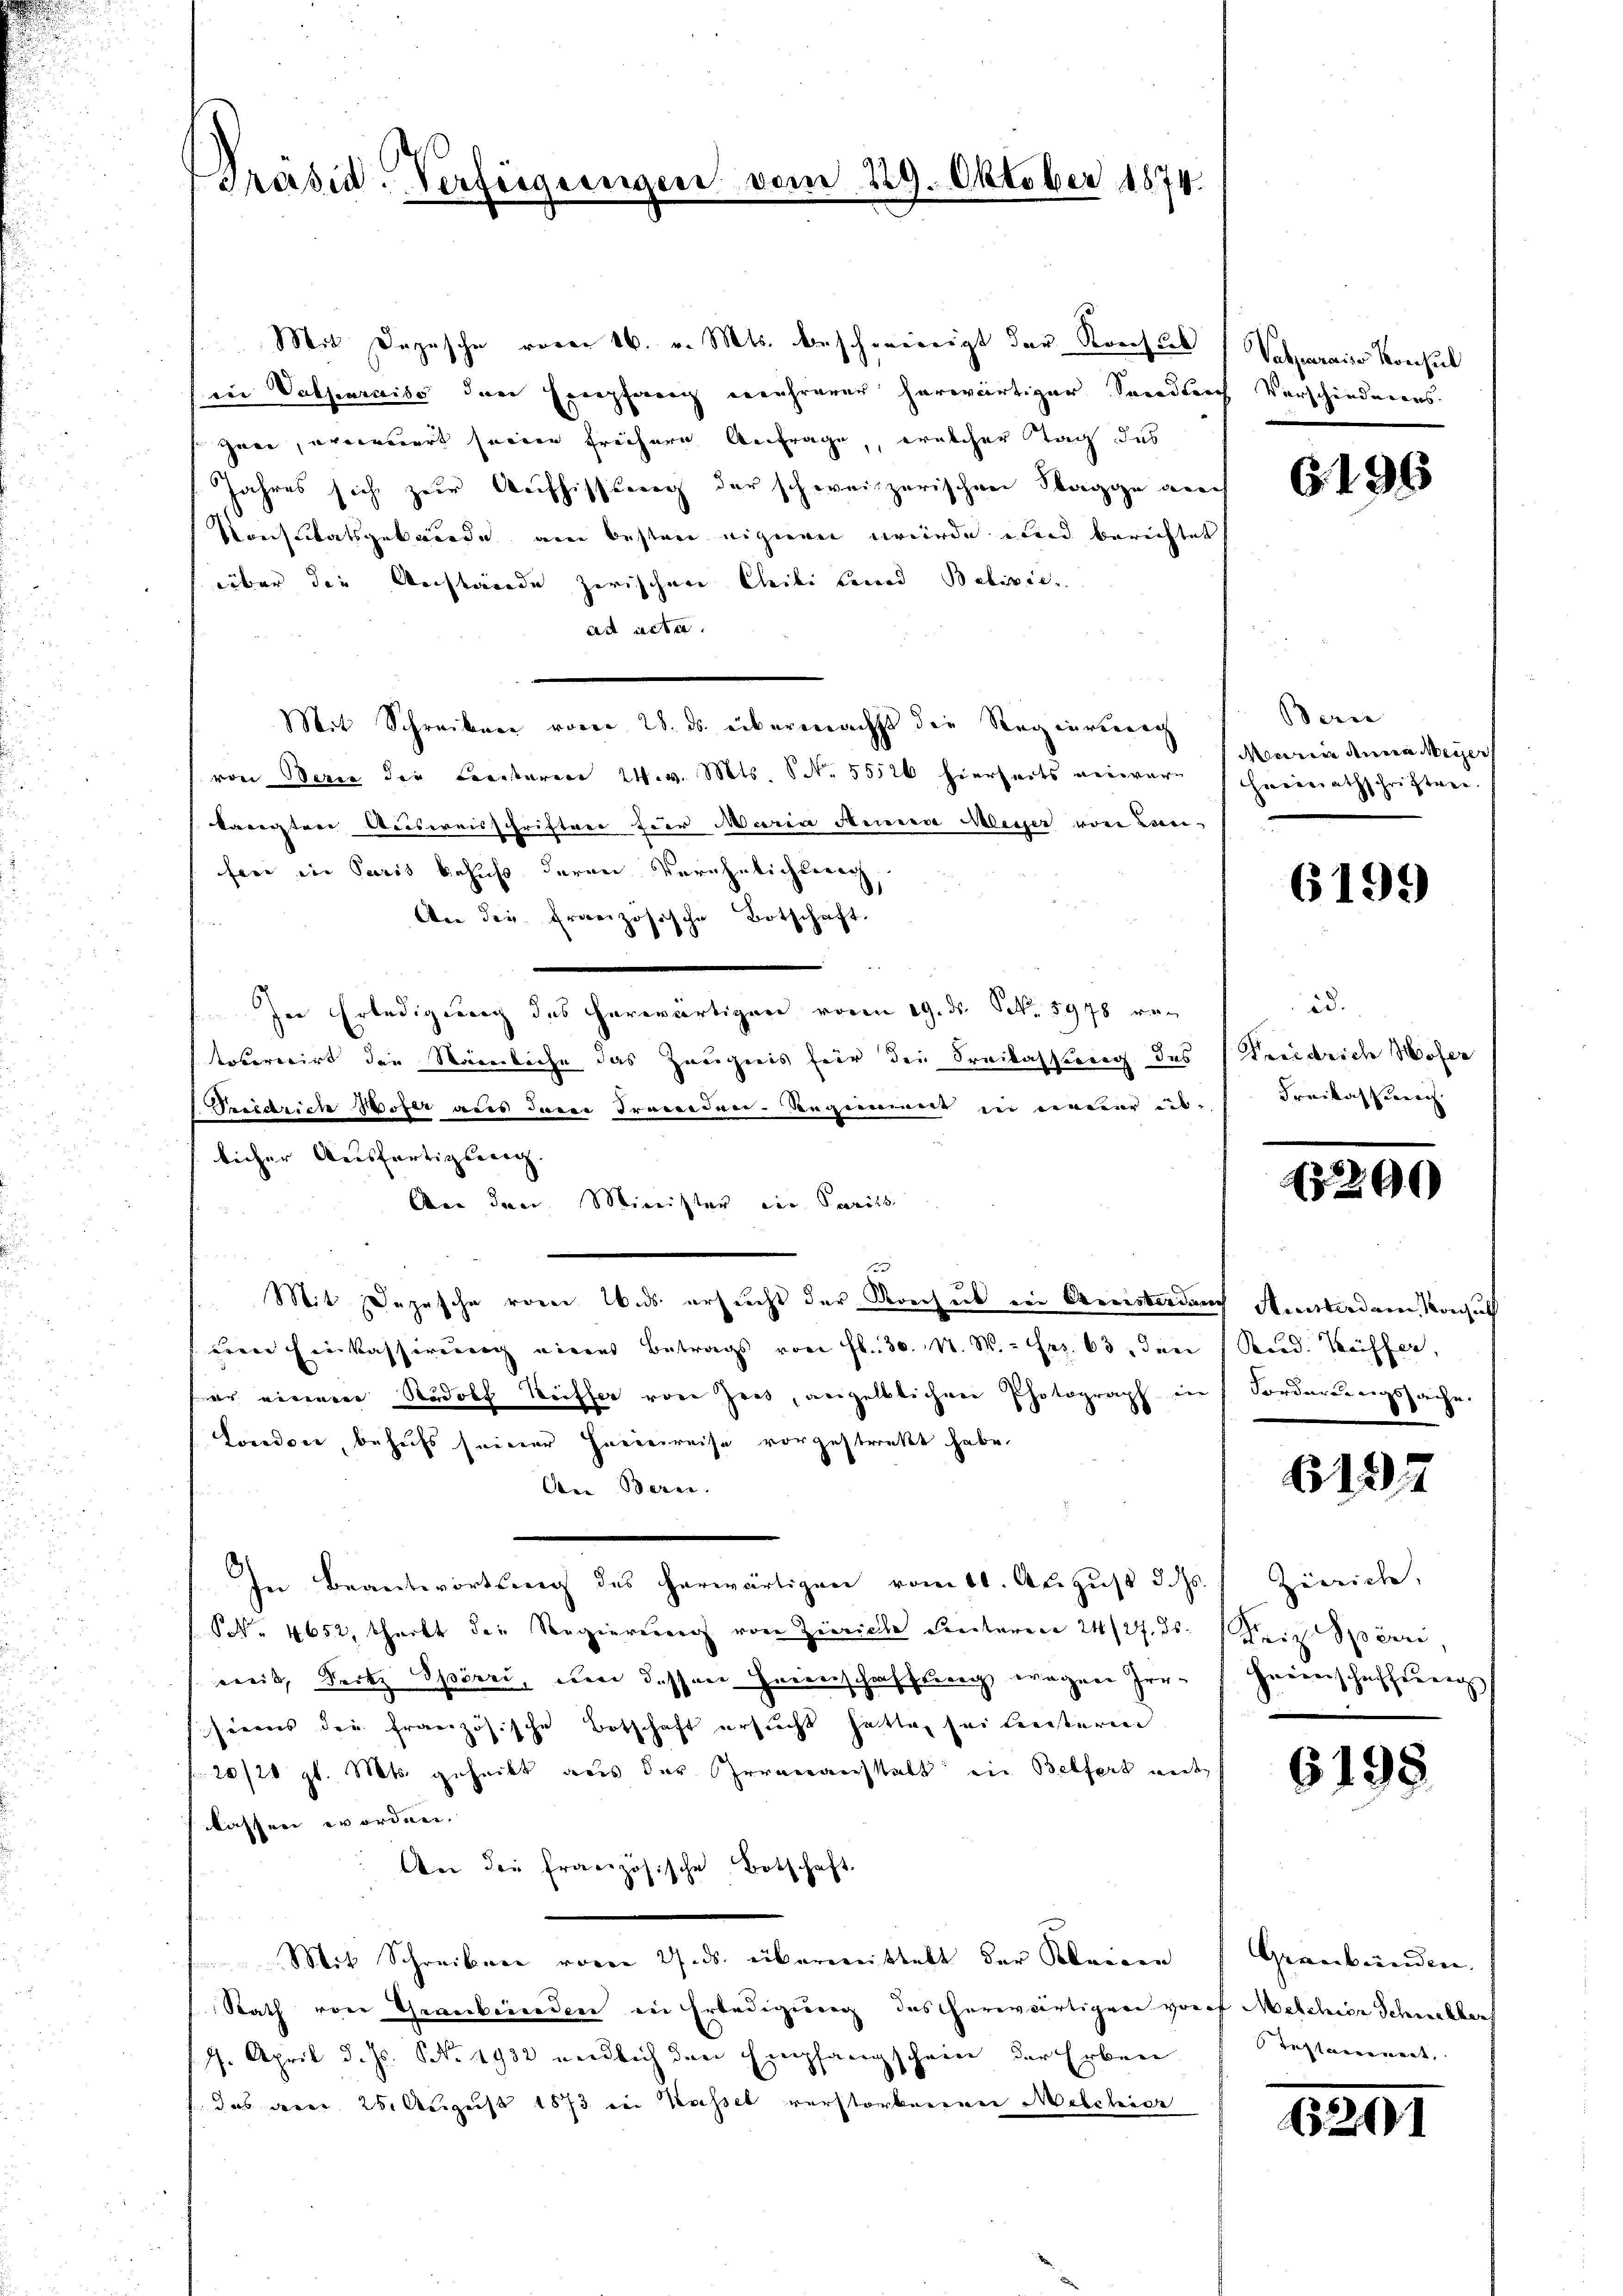
Präsid. Verfürs

229. Oktober 1874.

Mit Depesche voren 16. v. Mts. beschwendigt der Konsul Vasparais Konsul
ein Valsenraiso der Einpfang mehrerer herwärtiger Sandleich
zwei, erwendiert seinen freihere Anfrage, welcher Tag das
Jahres sich zur Auffissweg der schweizerischen Stagge aner
Konsulatsgebäude am besten eigieren wurde und berichtet
über die Anstände zerischer bleibe berend Balisie
ad acta.
Mit Schreiben vom 28. ds. übernächst die Regierberech
von Berie die Freiteren W. v. Mts. N. 55526 hierseits verwerkaregten Ausweisschrifter für Maria Annien Messer von Lan-
fer in Paris behuf deren Verähnlichtung,
An die französische Botschaft.
In Erledigung des herwärtigen voren 19. ds. S. 5978 ve
tobereirt die Steinliche das Zeugnis für die Freilassung des
Friedrich Wofer aus dem Trenden-Reginnene in neuer us-
licher Ausfertigseeng. |
Aen den Minister ein Parits
Mit Depesche von Wads ersucht der Korches ein Kreisterdung Ansterdam Konsuch
dene Einkassierung eines Betrags von fl. 30. N. N. Frz. 63. Inei
er einem Rudolf Keiffer von Zeit, angeltlichen Photograph in Forderungssache.
London, behufs seiner Herreireise vorgestrakt habe.
An Bern.
In Beantwortung des herwärtigen vom 11. August d. ds
S. 4652, theilt die Regierung von Zürich ventaren 24/27. ds.
weis, dort Spörri, um dessen Heinschaffung wegen Irr-
sirens die französische Botschaft ersucht hatte, sei leiteren
20/21 gl. Mts. geheibt aus der Irrveranstatt ein Belfort wede
classen worden.
An der französische Botschaft
Mit Schreiben vom 27. ds. überweistalt der Kleiden
Rath von Thrankenden in Erledigung des herwärtigen vorof Melchior Schneller
17. April d. Js. NNo. 1932 werdlich den Empfangschein der Erben
das der 25. August 1873 in Kassel verstorbenenen Melchior

Verschiedenens.

6. 196

Berne
Meuria Anna Meyer
Herenrathschriften.

6199

id.
Friedrich Moser
Fraikasserrich

2290

Scad. Triffer,

6137

Zürich,
Friz Spörri,
Heiverschaffeneng

6198.

Graubünden.
Testaeriret,

6201